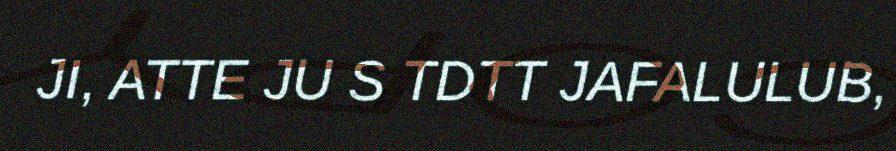
JI, ATTE JU S TDTT JAFALULUB,